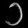
Digit: ၁